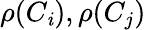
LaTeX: \rho(C_{\mathit{i}}),\rho(C_{j})